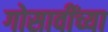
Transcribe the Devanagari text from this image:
गोसावींच्या